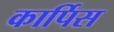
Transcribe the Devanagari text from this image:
कार्पिस